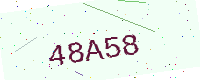
Text: 48A58